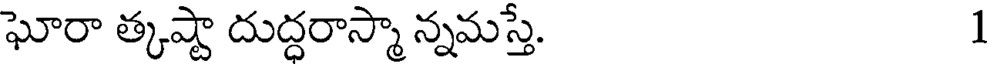
ఘోరా త్కష్టా దుద్ధరాస్మా న్నమస్తే. 1